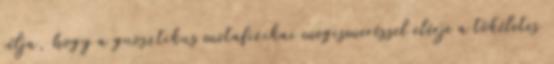
célja, hogy a gnosztikus metafizikai megismeréssel elérje a tökéletes